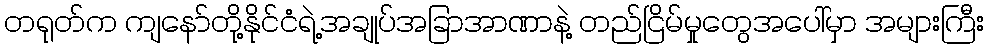
တရုတ်က ကျနော်တို့နိုင်ငံရဲ့အချုပ်အခြာအာဏာနဲ့ တည်ငြိမ်မှုတွေအပေါ်မှာ အများကြီး